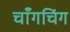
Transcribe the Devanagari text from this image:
चाँगचिंग